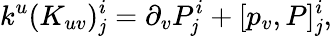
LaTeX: k^{u}(K_{uv})_{\mathit{j}}^{i}=\partial_{v}P_{\mathit{j}}^{i}+[p_{v},P]_{\mathit{j}}^{i},